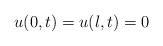
LaTeX: \begin{align*}u(0,t)=u(l,t)=0\quad\end{align*}